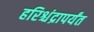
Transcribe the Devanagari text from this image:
हरिश्चंद्रापर्यंत